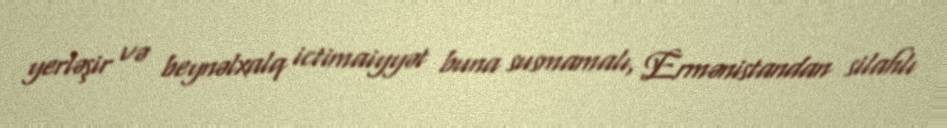
yerləşir və beynəlxalq ictimaiyyət buna susmamalı, Ermənistandan silahlı